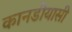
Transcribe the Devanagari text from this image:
कानडीयासी